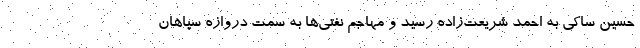
حسین ساکی به احمد شریعت‌زاده رسید و مهاجم نفتی‌ها به سمت دروازه سپاهان